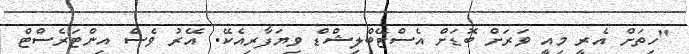
"ހިތަށް އެރީ މިއީ ވަރަށް ބޮޑަށް އެސްޓޭބްލިޝްޑް ވިޔަފާރިއެކޭ. އޭރު ވެސް އިންޓަރެސްޓް